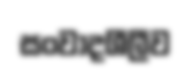
සංවාදශීලීව